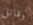
وقاتل